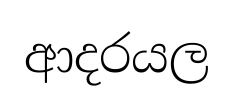
ආදරයල